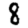
Digit: 8